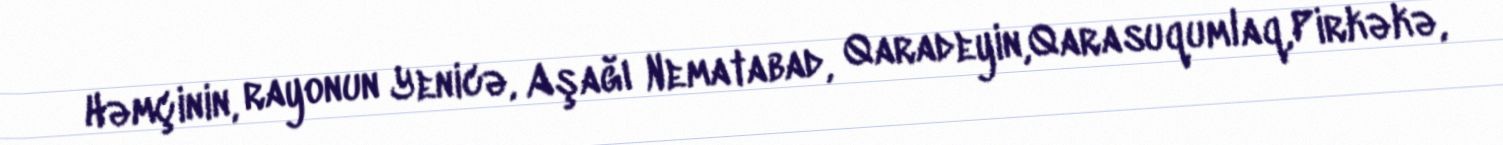
Həmçinin, rayonun Yenicə, Aşağı Nematabad, Qaradeyin,Qarasuqumlaq,Pirkəkə,